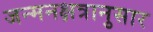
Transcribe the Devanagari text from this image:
जन्मनक्षत्रानुसार